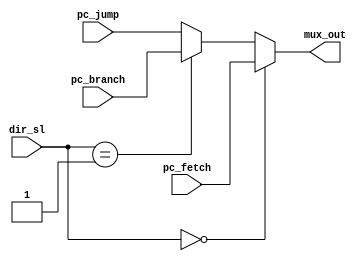


module muxpc (pc_fetch, pc_branch, pc_jump, dir_sl, mux_out);

input wire [9:0] pc_fetch;
input wire [9:0] pc_jump; 
input wire [9:0] pc_branch;
input wire [1:0] dir_sl;
output reg [9:0] mux_out;


always @*
begin
    if (dir_sl == 1'b0) begin
        mux_out = pc_fetch;
    end
    else if (dir_sl == 1'b1) begin
        mux_out = pc_branch;
    end
    else begin
        mux_out = pc_jump;
    end
end

endmodule